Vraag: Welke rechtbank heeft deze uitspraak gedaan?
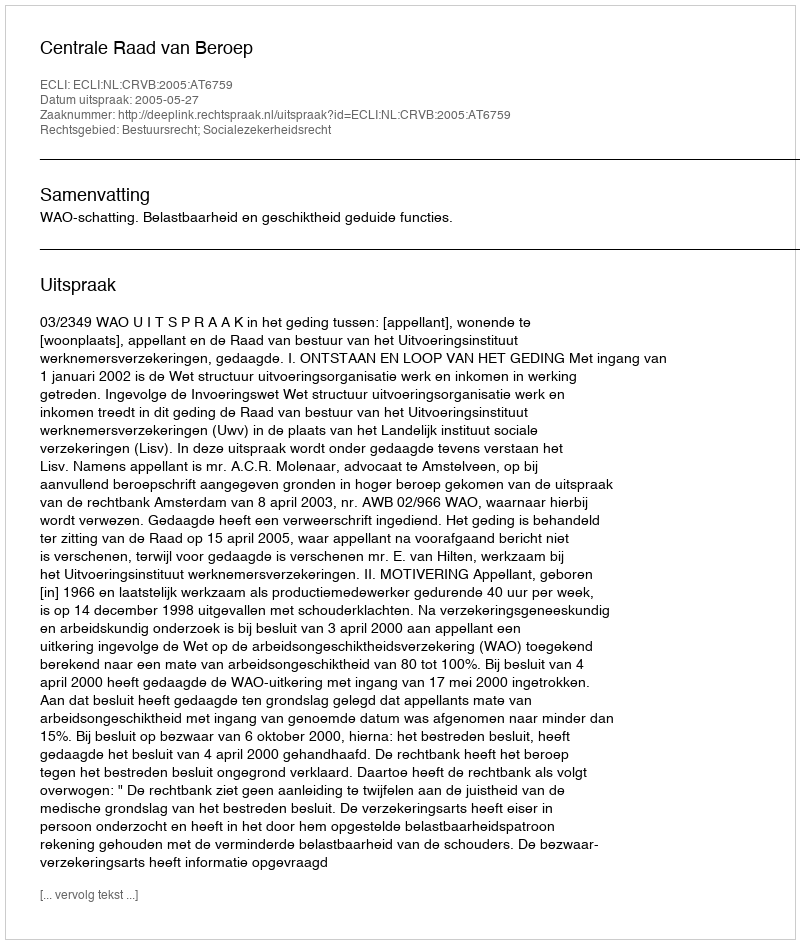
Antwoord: Centrale Raad van Beroep